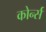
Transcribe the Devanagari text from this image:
कोर्न्स